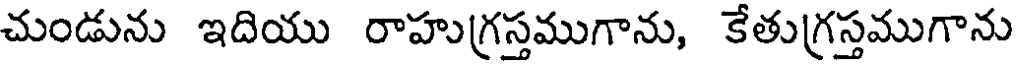
చుండును ఇదియు రాహుగ్రస్తముగాను, కేతుగ్రస్తముగాను